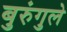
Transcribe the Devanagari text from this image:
बुरुंगुले